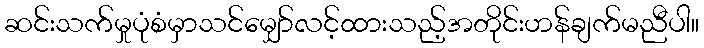
ဆင်းသက်မှုပုံစံမှာသင်မျှော်လင့်ထားသည့်အတိုင်းဟန်ချက်မညီပါ။